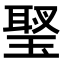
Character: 𤧬